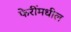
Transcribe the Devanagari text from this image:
फेरींमधील